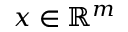
x \in \mathbb { R } ^ { m }